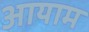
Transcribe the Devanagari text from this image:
अायाम